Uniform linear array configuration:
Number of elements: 4
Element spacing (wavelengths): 0.25
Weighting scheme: binomial
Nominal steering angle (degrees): -30
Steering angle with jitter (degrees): -29.775
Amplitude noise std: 0.05
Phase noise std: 0.05

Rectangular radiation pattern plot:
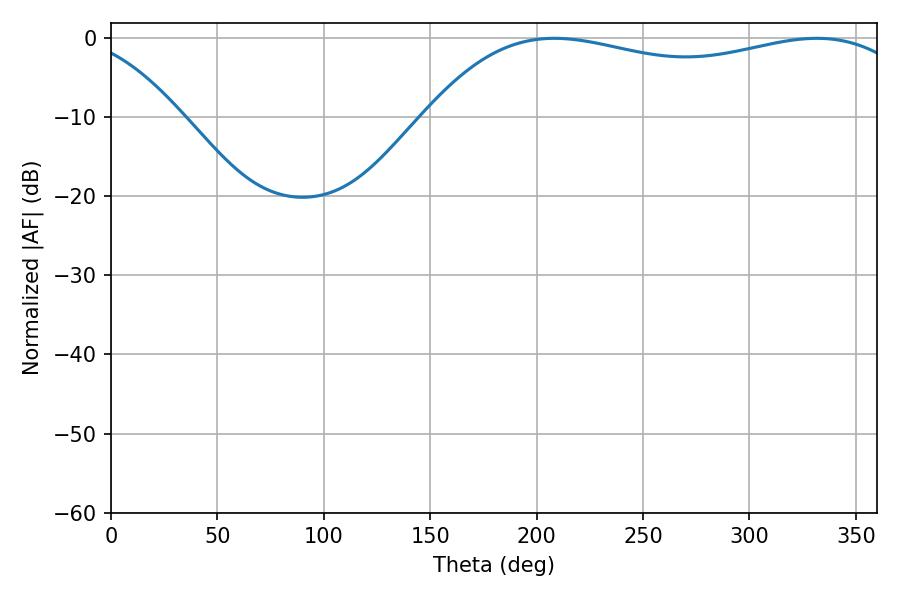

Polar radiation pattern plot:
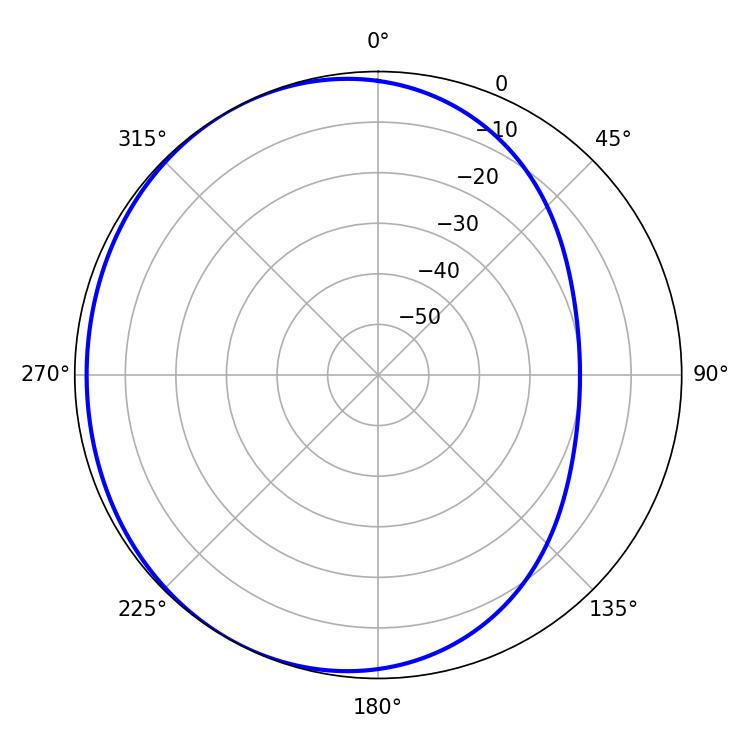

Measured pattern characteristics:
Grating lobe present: FALSE
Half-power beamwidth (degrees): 187.02
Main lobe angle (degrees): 331.74